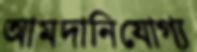
আমদানিযোগ্য